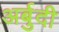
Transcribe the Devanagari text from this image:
अर्बुदी